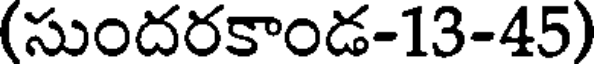
(సుందరకాండ-13-45)